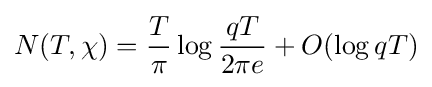
N(T,\chi )={\frac {T}{\pi }}\log {\frac {qT}{2\pi e}}+O(\log {qT})